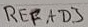
Text: REFAD3